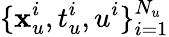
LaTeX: \{ \mathbf{x}_{u}^{i},t_{u}^{i},u^{i}\} _{i=1}^{N_{u}}